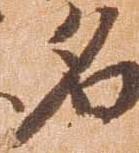
名